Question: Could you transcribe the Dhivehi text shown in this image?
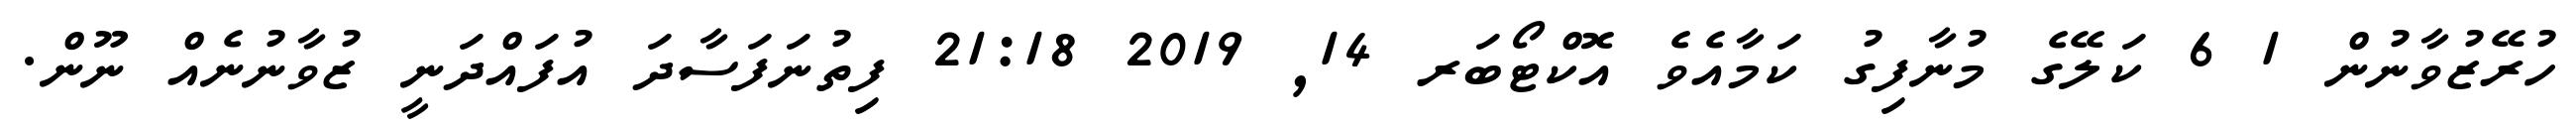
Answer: ހުރޭޒުވާނުން 1 6 ކަލޭގެ މުނާފިގު ކަމާއެވެ އޮކްޓޯބަރ 14, 2019 21:18 ފިތުނަފަސާދަ އުފައްދަނީ ޒުވާނުނެއް ނޫން.